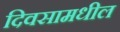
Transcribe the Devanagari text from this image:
दिवसामधील